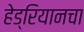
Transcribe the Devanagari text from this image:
हेड्रियानचा